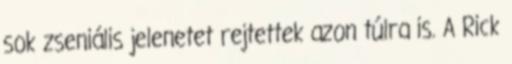
sok zseniális jelenetet rejtettek azon túlra is. A Rick